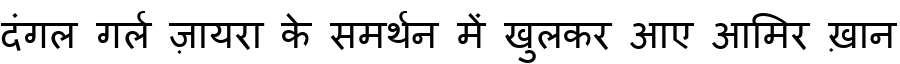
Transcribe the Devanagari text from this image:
दंगल गर्ल ज़ायरा के समर्थन में खुलकर आए आमिर ख़ान